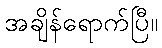
အချိန်ရောက်ပြီ။